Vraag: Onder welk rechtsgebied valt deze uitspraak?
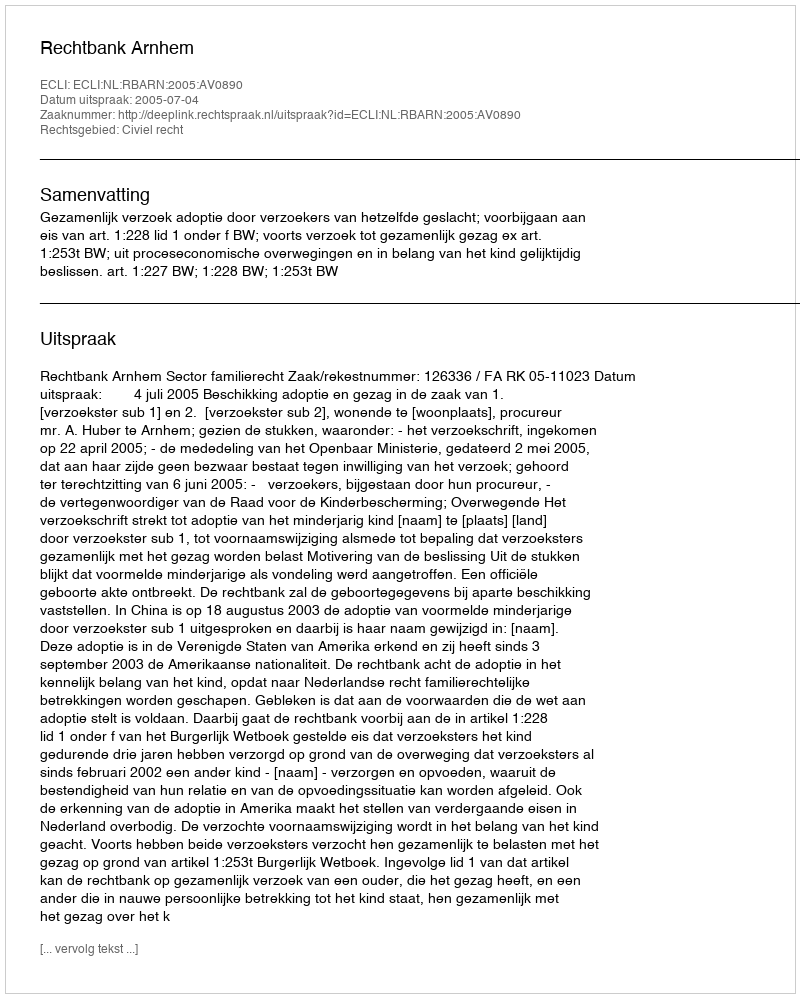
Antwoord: Civiel recht